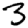
Digit: 3